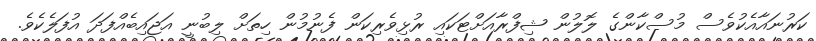
ކަރުނައާއެކުވެސް މުސްކާންގެ ލޮލުން ޝިފްރާއަށްޓަކައި ރުޅިވެރިކަން ފެނުމުން ހިތަށް ލިބުނީ އަޖައިބެއްފަދަ އުފަލެކެވެ.